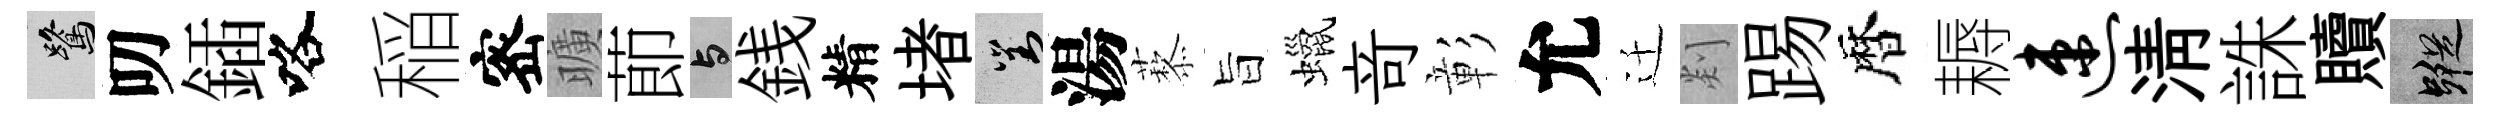
鷺叨鍤咯稲宻曠莭与銭精堵對湯藜旨蠟竒彰允迁剡踢暦耨速清誅贖蹤